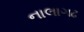
નાલાગઢ